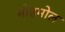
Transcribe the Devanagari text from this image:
मोहमोल